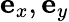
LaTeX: \mathbf{e}_{x},\mathbf{e}_{y}